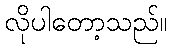
လိုပါတော့သည်။